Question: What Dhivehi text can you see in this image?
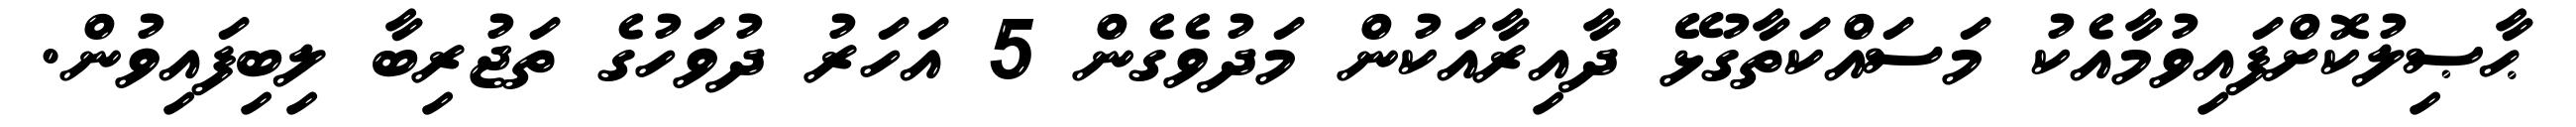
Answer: ޙާޞިލުކޮށްފައިވުމާއެކު މަސައްކަތާގުޅޭ ދާއިރާއަކުން މަދުވެގެން 5 އަހަރު ދުވަހުގެ ތަޖުރިބާ ލިބިފައިވުން.